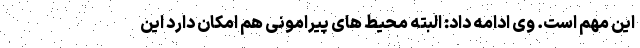
این مهم است. وی ادامه داد: البته محیط های پیرامونی هم امکان دارد این